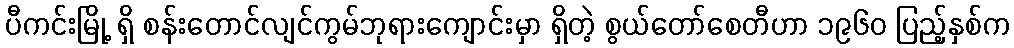
ပီကင်းမြို့ ရှိ စန်းတောင်လျင်ကွမ်ဘုရားကျောင်းမှာ ရှိတဲ့ စွယ်တော်စေတီဟာ ၁၉၆၀ ပြည့်နှစ်က